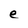
Character: e